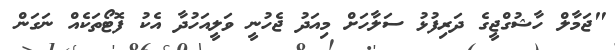
"ޖަމާލް ހާޝުގްޖީގެ ދަރިފުޅު ސަލާހަށް މިއަދު ޖެހުނީ ވަލީއަހުދާ އެކު ފޮޓޯތަކެއް ނަގަން